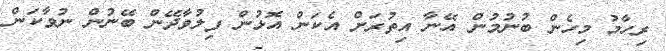
ރިހާމު މިހެން ބުނުމުން އޭނާ އިތުރަށް އެކަން އޮޅުން ފިލުވާދޭން ބޭނުން ނުވާކަން